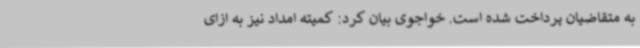
به متقاضیان پرداخت شده است. خواجوی بیان کرد: کمیته امداد نیز به ازای